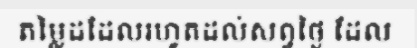
តម្លៃដដែលរហូតដល់សព្វថ្ងៃ ដែល